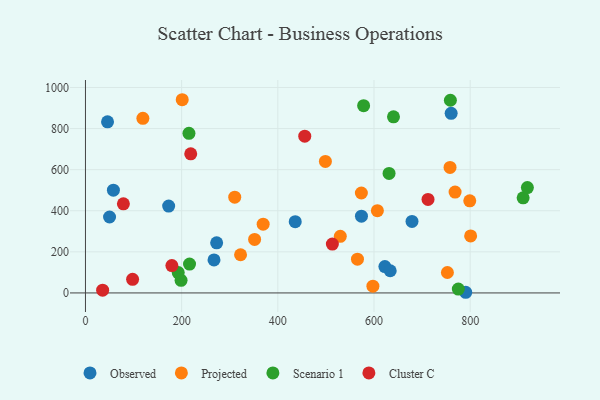
{"axis": {"x": "Engine Size", "y": "Fuel Efficiency"}, "legend": ["Cluster C", "Observed", "Projected", "Scenario 1"], "data": [{"x": "790.7", "y": 3.2, "type": "Observed"}, {"x": "45.9", "y": 833.0, "type": "Observed"}, {"x": "173.0", "y": 423.0, "type": "Observed"}, {"x": "50.1", "y": 369.6, "type": "Observed"}, {"x": "272.8", "y": 244.1, "type": "Observed"}, {"x": "622.6", "y": 128.5, "type": "Observed"}, {"x": "58.1", "y": 500.0, "type": "Observed"}, {"x": "267.3", "y": 160.6, "type": "Observed"}, {"x": "573.9", "y": 373.7, "type": "Observed"}, {"x": "633.7", "y": 107.9, "type": "Observed"}, {"x": "760.4", "y": 874.3, "type": "Observed"}, {"x": "679.0", "y": 348.0, "type": "Observed"}, {"x": "436.2", "y": 346.9, "type": "Observed"}, {"x": "119.4", "y": 850.1, "type": "Projected"}, {"x": "768.6", "y": 490.7, "type": "Projected"}, {"x": "201.2", "y": 940.4, "type": "Projected"}, {"x": "310.4", "y": 465.9, "type": "Projected"}, {"x": "758.1", "y": 610.7, "type": "Projected"}, {"x": "597.7", "y": 33.0, "type": "Projected"}, {"x": "322.5", "y": 185.8, "type": "Projected"}, {"x": "369.5", "y": 334.8, "type": "Projected"}, {"x": "799.1", "y": 448.4, "type": "Projected"}, {"x": "800.9", "y": 277.5, "type": "Projected"}, {"x": "529.9", "y": 275.3, "type": "Projected"}, {"x": "565.6", "y": 164.3, "type": "Projected"}, {"x": "498.9", "y": 639.9, "type": "Projected"}, {"x": "752.6", "y": 99.5, "type": "Projected"}, {"x": "351.7", "y": 260.2, "type": "Projected"}, {"x": "573.7", "y": 486.3, "type": "Projected"}, {"x": "607.0", "y": 400.5, "type": "Projected"}, {"x": "910.1", "y": 462.8, "type": "Scenario 1"}, {"x": "918.9", "y": 512.6, "type": "Scenario 1"}, {"x": "758.8", "y": 937.9, "type": "Scenario 1"}, {"x": "578.4", "y": 911.3, "type": "Scenario 1"}, {"x": "216.4", "y": 140.5, "type": "Scenario 1"}, {"x": "775.3", "y": 19.0, "type": "Scenario 1"}, {"x": "640.5", "y": 857.1, "type": "Scenario 1"}, {"x": "198.8", "y": 61.6, "type": "Scenario 1"}, {"x": "631.3", "y": 581.8, "type": "Scenario 1"}, {"x": "192.9", "y": 99.1, "type": "Scenario 1"}, {"x": "215.2", "y": 776.9, "type": "Scenario 1"}, {"x": "513.4", "y": 237.6, "type": "Cluster C"}, {"x": "456.0", "y": 763.0, "type": "Cluster C"}, {"x": "712.3", "y": 455.2, "type": "Cluster C"}, {"x": "35.7", "y": 13.4, "type": "Cluster C"}, {"x": "78.9", "y": 433.7, "type": "Cluster C"}, {"x": "98.0", "y": 66.0, "type": "Cluster C"}, {"x": "179.7", "y": 133.2, "type": "Cluster C"}, {"x": "218.9", "y": 677.0, "type": "Cluster C"}]}